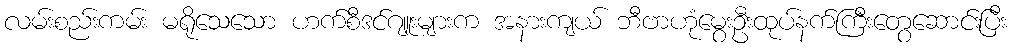
လမ်းစည်းကမ်း မရိုသေသော ဟက်စီဒင်ဂျူးများက အနားကျယ် ဘီဗာဟုံမွေးဦးထုပ်နက်ကြီးတွေဆောင်းပြီး